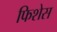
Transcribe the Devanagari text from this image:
फिशेस